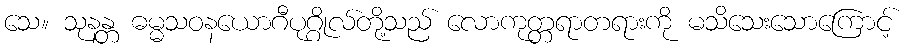
သေ။ သုနန္တ ဓမ္မသဝနယောဂီပုဂ္ဂိုလ်တို့သည် လောကုတ္တရာတရားကို မသိသေးသောကြောင့်